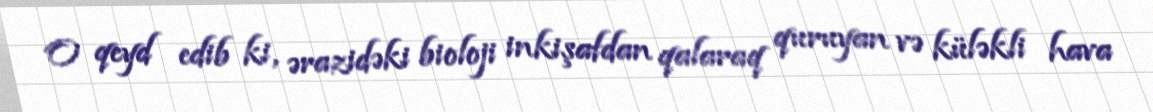
O qeyd edib ki, ərazidəki bioloji inkişafdan qalaraq quruyan və küləkli hava